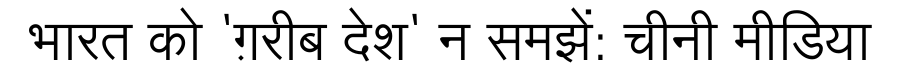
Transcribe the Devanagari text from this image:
भारत को 'ग़रीब देश' न समझें: चीनी मीडिया